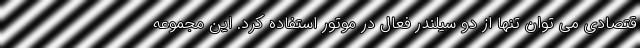
قتصادی می توان تنها از دو سیلندر فعال در موتور استفاده کرد. این مجموعه